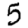
Digit: 5